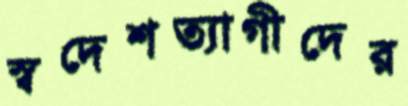
স্বদেশত্যাগীদের